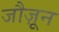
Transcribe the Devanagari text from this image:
जौज़ून